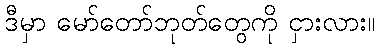
ဒီမှာ မော်တော်ဘုတ်တွေကို ငှားလား။